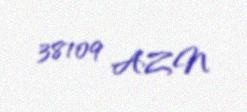
38109 AZN